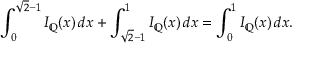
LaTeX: \int _ { 0 } ^ { { \sqrt { 2 } } - 1 } I _ { \mathbb { Q } } ( x ) \, d x + \int _ { { \sqrt { 2 } } - 1 } ^ { 1 } I _ { \mathbb { Q } } ( x ) \, d x = \int _ { 0 } ^ { 1 } I _ { \mathbb { Q } } ( x ) \, d x .